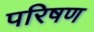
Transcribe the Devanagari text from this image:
परिषण